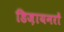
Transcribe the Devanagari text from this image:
डिज़ायनरों